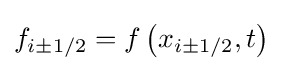
f_{i\pm 1/2}=f\left(x_{i\pm 1/2},t\right)